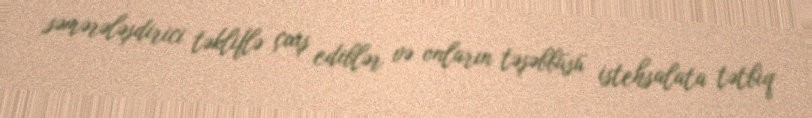
səmərələşdirici təkliflə çıxış ediblər və onların təşəbbüsü istehsalata tətbiq